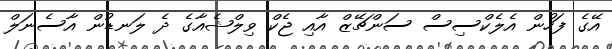
އޭގެ ފަހުން އެލެކްސިސް ސަންޗޭޒް އާއި ޖެކް ވިލްޝެއާގެ ދެ ލަނޑުން އާސެނަލް